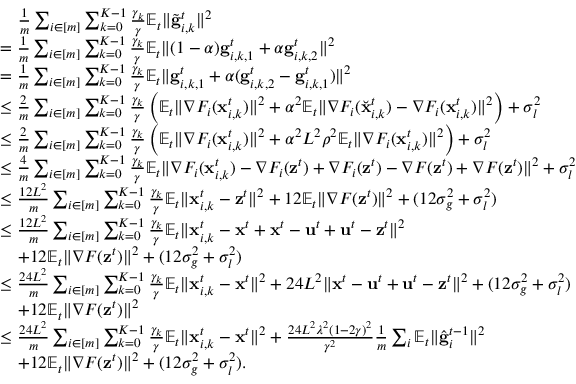
\begin{array} { r l } & { \quad \frac { 1 } { m } \sum _ { i \in [ m ] } \sum _ { k = 0 } ^ { K - 1 } \frac { \gamma _ { k } } { \gamma } \mathbb { E } _ { t } \Vert \tilde { \mathbf { g } } _ { i , k } ^ { t } \Vert ^ { 2 } } \\ & { = \frac { 1 } { m } \sum _ { i \in [ m ] } \sum _ { k = 0 } ^ { K - 1 } \frac { \gamma _ { k } } { \gamma } \mathbb { E } _ { t } \Vert ( 1 - \alpha ) \mathbf { g } _ { i , k , 1 } ^ { t } + \alpha \mathbf { g } _ { i , k , 2 } ^ { t } \Vert ^ { 2 } } \\ & { = \frac { 1 } { m } \sum _ { i \in [ m ] } \sum _ { k = 0 } ^ { K - 1 } \frac { \gamma _ { k } } { \gamma } \mathbb { E } _ { t } \Vert \mathbf { g } _ { i , k , 1 } ^ { t } + \alpha ( \mathbf { g } _ { i , k , 2 } ^ { t } - \mathbf { g } _ { i , k , 1 } ^ { t } ) \Vert ^ { 2 } } \\ & { \leq \frac { 2 } { m } \sum _ { i \in [ m ] } \sum _ { k = 0 } ^ { K - 1 } \frac { \gamma _ { k } } { \gamma } \left( \mathbb { E } _ { t } \Vert \nabla F _ { i } ( \mathbf { x } _ { i , k } ^ { t } ) \Vert ^ { 2 } + \alpha ^ { 2 } \mathbb { E } _ { t } \Vert \nabla F _ { i } ( \Breve { \mathbf { x } } _ { i , k } ^ { t } ) - \nabla F _ { i } ( \mathbf { x } _ { i , k } ^ { t } ) \Vert ^ { 2 } \right) + \sigma _ { l } ^ { 2 } } \\ & { \leq \frac { 2 } { m } \sum _ { i \in [ m ] } \sum _ { k = 0 } ^ { K - 1 } \frac { \gamma _ { k } } { \gamma } \left( \mathbb { E } _ { t } \Vert \nabla F _ { i } ( \mathbf { x } _ { i , k } ^ { t } ) \Vert ^ { 2 } + \alpha ^ { 2 } L ^ { 2 } \rho ^ { 2 } \mathbb { E } _ { t } \Vert \nabla F _ { i } ( \mathbf { x } _ { i , k } ^ { t } ) \Vert ^ { 2 } \right) + \sigma _ { l } ^ { 2 } } \\ & { \leq \frac { 4 } { m } \sum _ { i \in [ m ] } \sum _ { k = 0 } ^ { K - 1 } \frac { \gamma _ { k } } { \gamma } \mathbb { E } _ { t } \Vert \nabla F _ { i } ( \mathbf { x } _ { i , k } ^ { t } ) - \nabla F _ { i } ( \mathbf { z } ^ { t } ) + \nabla F _ { i } ( \mathbf { z } ^ { t } ) - \nabla F ( \mathbf { z } ^ { t } ) + \nabla F ( \mathbf { z } ^ { t } ) \Vert ^ { 2 } + \sigma _ { l } ^ { 2 } } \\ & { \leq \frac { 1 2 L ^ { 2 } } { m } \sum _ { i \in [ m ] } \sum _ { k = 0 } ^ { K - 1 } \frac { \gamma _ { k } } { \gamma } \mathbb { E } _ { t } \Vert \mathbf { x } _ { i , k } ^ { t } - \mathbf { z } ^ { t } \Vert ^ { 2 } + 1 2 \mathbb { E } _ { t } \Vert \nabla F ( \mathbf { z } ^ { t } ) \Vert ^ { 2 } + ( 1 2 \sigma _ { g } ^ { 2 } + \sigma _ { l } ^ { 2 } ) } \\ & { \leq \frac { 1 2 L ^ { 2 } } { m } \sum _ { i \in [ m ] } \sum _ { k = 0 } ^ { K - 1 } \frac { \gamma _ { k } } { \gamma } \mathbb { E } _ { t } \Vert \mathbf { x } _ { i , k } ^ { t } - \mathbf { x } ^ { t } + \mathbf { x } ^ { t } - \mathbf { u } ^ { t } + \mathbf { u } ^ { t } - \mathbf { z } ^ { t } \Vert ^ { 2 } } \\ & { \quad + 1 2 \mathbb { E } _ { t } \Vert \nabla F ( \mathbf { z } ^ { t } ) \Vert ^ { 2 } + ( 1 2 \sigma _ { g } ^ { 2 } + \sigma _ { l } ^ { 2 } ) } \\ & { \leq \frac { 2 4 L ^ { 2 } } { m } \sum _ { i \in [ m ] } \sum _ { k = 0 } ^ { K - 1 } \frac { \gamma _ { k } } { \gamma } \mathbb { E } _ { t } \Vert \mathbf { x } _ { i , k } ^ { t } - \mathbf { x } ^ { t } \Vert ^ { 2 } + 2 4 L ^ { 2 } \Vert \mathbf { x } ^ { t } - \mathbf { u } ^ { t } + \mathbf { u } ^ { t } - \mathbf { z } ^ { t } \Vert ^ { 2 } + ( 1 2 \sigma _ { g } ^ { 2 } + \sigma _ { l } ^ { 2 } ) } \\ & { \quad + 1 2 \mathbb { E } _ { t } \Vert \nabla F ( \mathbf { z } ^ { t } ) \Vert ^ { 2 } } \\ & { \leq \frac { 2 4 L ^ { 2 } } { m } \sum _ { i \in [ m ] } \sum _ { k = 0 } ^ { K - 1 } \frac { \gamma _ { k } } { \gamma } \mathbb { E } _ { t } \Vert \mathbf { x } _ { i , k } ^ { t } - \mathbf { x } ^ { t } \Vert ^ { 2 } + \frac { 2 4 L ^ { 2 } \lambda ^ { 2 } ( 1 - 2 \gamma ) ^ { 2 } } { \gamma ^ { 2 } } \frac { 1 } { m } \sum _ { i } \mathbb { E } _ { t } \Vert \hat { \mathbf { g } } _ { i } ^ { t - 1 } \Vert ^ { 2 } } \\ & { \quad + 1 2 \mathbb { E } _ { t } \Vert \nabla F ( \mathbf { z } ^ { t } ) \Vert ^ { 2 } + ( 1 2 \sigma _ { g } ^ { 2 } + \sigma _ { l } ^ { 2 } ) . } \end{array}